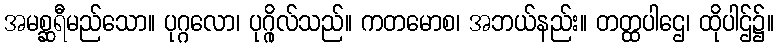
အမစ္ဆရီမည်သော။ ပုဂ္ဂလော၊ ပုဂ္ဂိုလ်သည်။ ကတမောစ၊ အဘယ်နည်း။ တတ္ထပါဌေ၊ ထိုပါဌ်၌။